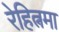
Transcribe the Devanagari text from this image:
रेहित्नमा